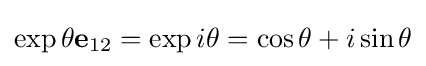
\exp {\theta \mathbf {e} _{12}}=\exp {i\theta }=\cos {\theta }+i\sin {\theta }